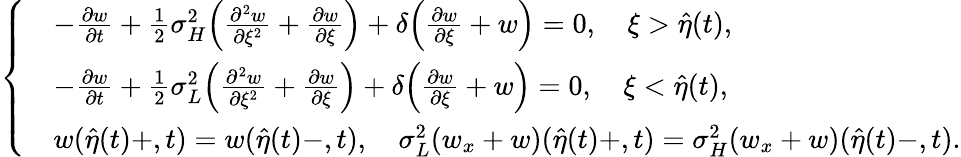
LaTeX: \left\{ \begin{array}{rl}&{-\frac{{\partial}w}{{\partial}t}+\frac 12{\sigma}_{H}^{2}\Big(\frac{{\partial}^{2}w}{{\partial}\xi^{2}}+\frac{{\partial}w}{{\partial}\xi}\Big)+\delta\Big(\frac{{\partial}w}{{\partial}\xi}+w\Big)=0,\quad\xi>\hat{\eta}(t),}\\ &{-\frac{{\partial}w}{{\partial}t}+\frac 12{\sigma}_{L}^{2}\Big(\frac{{\partial}^{2}w}{{\partial}\xi^{2}}+\frac{{\partial}w}{{\partial}\xi}\Big)+\delta\Big(\frac{{\partial}w}{{\partial}\xi}+w\Big)=0,\quad\xi<\hat{\eta}(t),}\\ &{w(\hat{\eta}(t)+,t)=w(\hat{\eta}(t)-,t),\quad\sigma_{L}^{2}(w_{x}+w)(\hat{\eta}(t)+,t)=\sigma_{H}^{2}(w_{x}+w)(\hat{\eta}(t)-,t).}\end{array}\right.